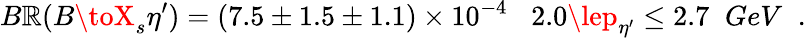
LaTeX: B\mathbb{R}(B\toX_{s}\eta^{\prime})=(7.5\pm1.5\pm1.1)\times10^{-4}\; \; \; 2.0\lep_{\eta^{\prime}}\le2.7\; \; GeV\; \; .